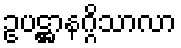
ဥပဋ္ဌာနဂ္ဂိသာလာ